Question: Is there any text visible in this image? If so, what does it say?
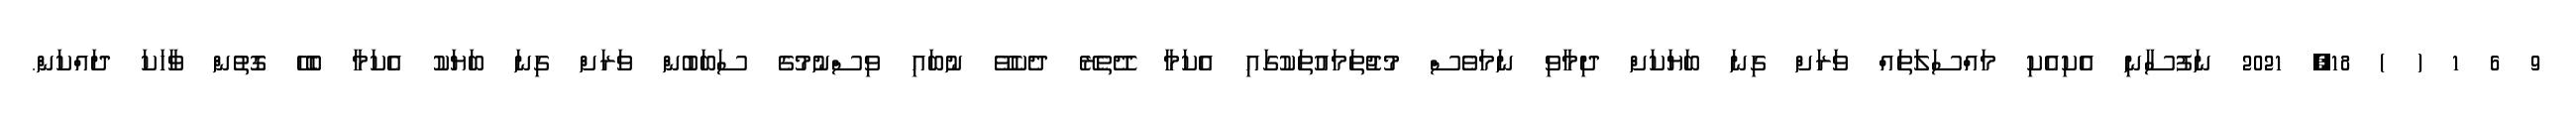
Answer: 9 6 1 ( ) 18, 2021 ނަފުސާނި އެކިއެކި މައްސަލަތައް ވަރަށް ގިނަ ބަޔަކަށް ދިމާވި ނަމަވެސް މުޖުތަމައުތަކުގައި އެކަމާ ދޭތެރޭ ދެކެވޭ ނުބައި ވިސްނުމުގެ ސަބަބުން ވަރަށް ގިނަ ބަޔަކު އެކަމާ ބެހޭ ގޮތުން ވާހަކަ ދައްކަން.